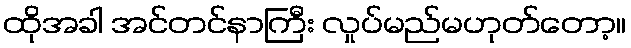
ထိုအခါ အင်တင်နာကြီး လှုပ်မည်မဟုတ်တော့။